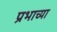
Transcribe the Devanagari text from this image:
प्रभाच्या